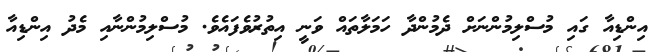
އިންޑިއާ ގައި މުސްލިމުންނަށް ދެމުންދާ ހަމަލާތައް ވަނީ އިތުރުވެފައެވެ. މުސްލިމުންނާއި މެދު އިންޑިއާ